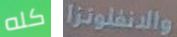
كله والانفلونزا